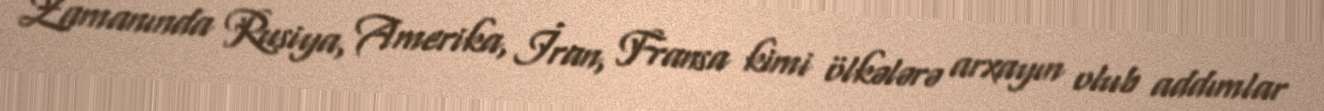
Zamanında Rusiya, Amerika, İran, Fransa kimi ölkələrə arxayın olub addımlar